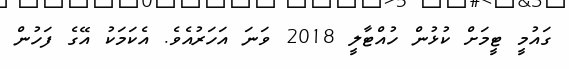
ގައުމީ ޓީމަށް ކުޅުން ހުއްޓާލީ 2018 ވަނަ އަހަރުއެވެ. އެކަމަކު އޭގެ ފަހުން